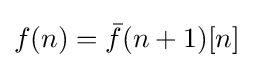
f(n)={\bar {f}}(n+1)[n]